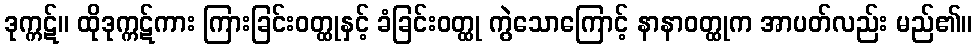
ဒုက္ကဋ်။ ထိုဒုက္ကဋ်ကား ကြားခြင်းဝတ္ထုနှင့် ခံခြင်းဝတ္ထု ကွဲသောကြောင့် နာနာဝတ္ထုက အာပတ်လည်း မည်၏။